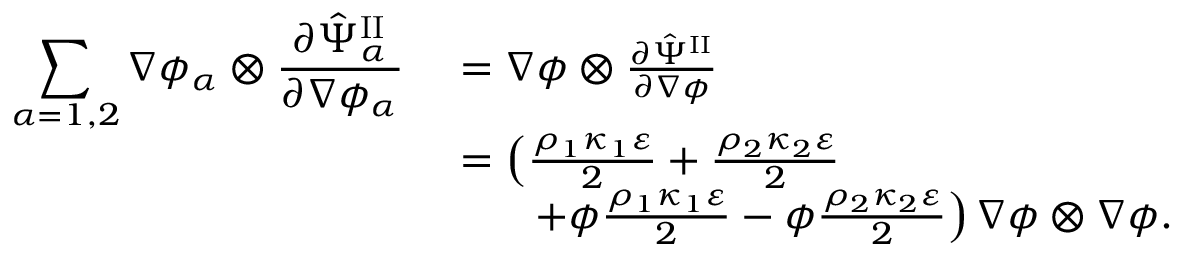
\begin{array} { r l } { \displaystyle \sum _ { \alpha = 1 , 2 } \nabla \phi _ { \alpha } \otimes \frac { \partial \hat { \Psi } _ { \alpha } ^ { \mathrm { I I } } } { \partial \nabla \phi _ { \alpha } } } & { ~ = \nabla \phi \otimes \frac { \partial \hat { \Psi } ^ { \mathrm { I I } } } { \partial \nabla \phi } } \\ & { ~ = \left( \frac { \rho _ { 1 } \kappa _ { 1 } \varepsilon } { 2 } + \frac { \rho _ { 2 } \kappa _ { 2 } \varepsilon } { 2 } \right. } \\ & { \quad \quad \left. + \phi \frac { \rho _ { 1 } \kappa _ { 1 } \varepsilon } { 2 } - \phi \frac { \rho _ { 2 } \kappa _ { 2 } \varepsilon } { 2 } \right) \nabla \phi \otimes \nabla \phi . } \end{array}